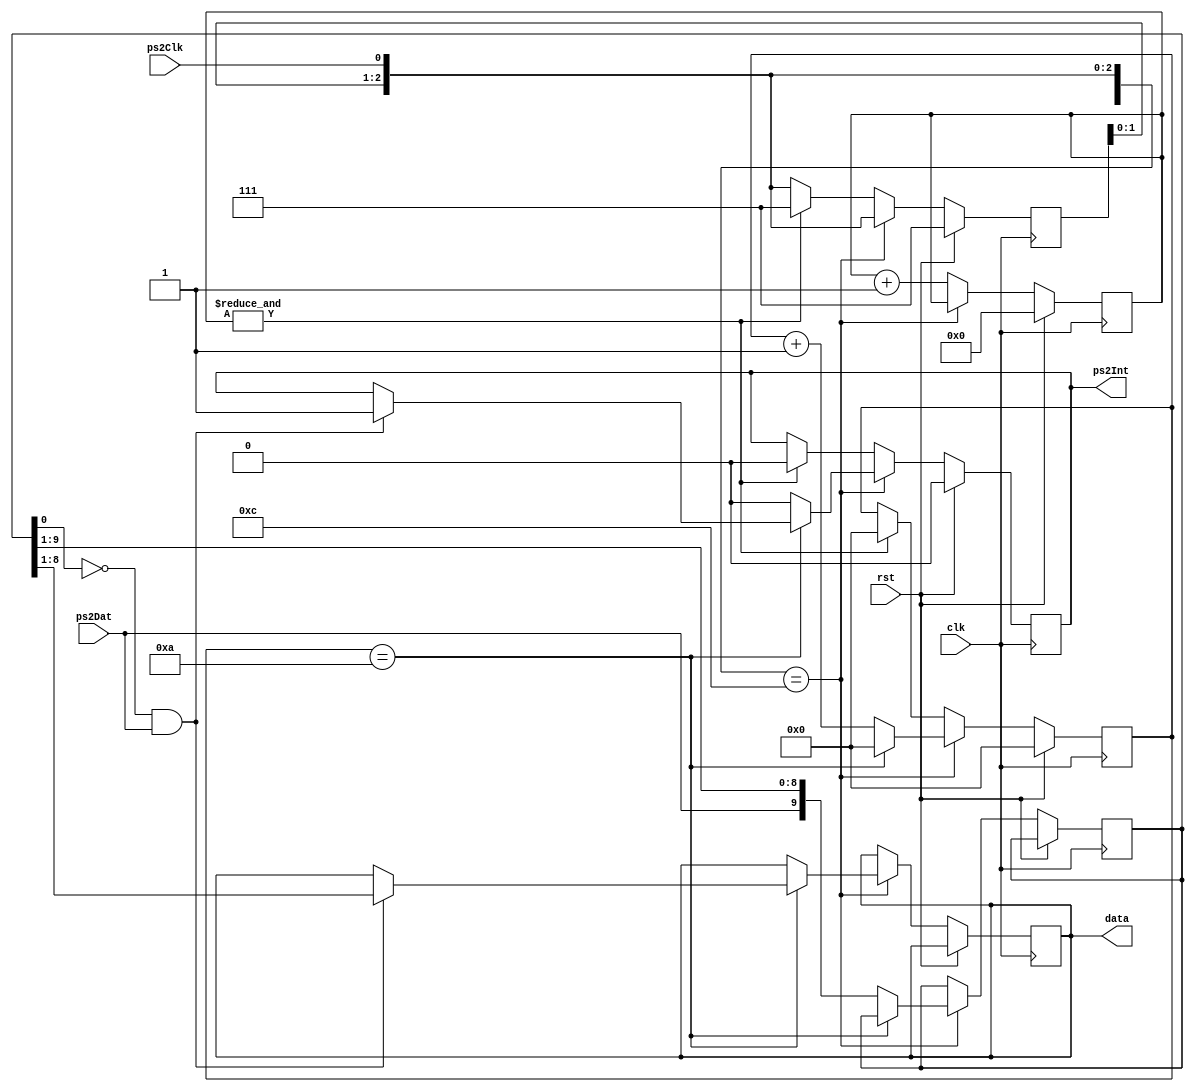
`timescale 1ns / 1ps
//////////////////////////////////////////////////////////////////////////////////
// Company: 
// Engineer: 
// 
// Design Name: 
// Module Name:    PS2Read 
// Project Name: 
// Target Devices: 
// Tool versions: 
// Description: 
//
// Dependencies: 
//
// Revision: 
// Revision 0.01 - File Created
// Additional Comments: 
//
//////////////////////////////////////////////////////////////////////////////////
module PS2Read(
	input clk, input rst, input ps2Clk, input ps2Dat,
	output reg [7:0] data, output reg ps2Int
);

	reg [9:0] byteBuf;
	reg [3:0] count;
	reg [2:0] ps2ClkRecord;
	reg [19:0] idleCounter;

	always @ (posedge clk)
	begin
		if(rst)
		begin
			count <= 0;
			ps2ClkRecord <= 3'b111;
			ps2Int <= 0;
			idleCounter <= 20'h0;
		end
		else
		begin
			ps2ClkRecord <= {ps2ClkRecord[1:0], ps2Clk};
			if({ps2ClkRecord, ps2Clk} == 4'b1100)//Falling edge
			begin
				if(count == 4'hA)
				begin
					if(~byteBuf[0] && ps2Dat)
					begin
						data <= byteBuf[8:1];
						ps2Int <= 1;
					end
					count <= 0;
				end
				else
				begin
					ps2Int <= 0;
					byteBuf <= {ps2Dat, byteBuf[9:1]};
					count <= count + 4'b1;
				end
			end
			else
			begin
				if(&idleCounter)
				begin
					count <= 4'h0;
					ps2ClkRecord <= 3'b111;
					ps2Int <= 0;
				end
				idleCounter <= idleCounter + 1'b1;
			end
		end
	end

endmodule